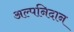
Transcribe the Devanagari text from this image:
अल्पनिदान